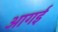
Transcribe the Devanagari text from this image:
आगई